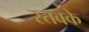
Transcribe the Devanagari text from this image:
स्तबके